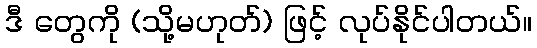
ဒီ တွေကို (သို့မဟုတ်) ဖြင့် လုပ်နိုင်ပါတယ်။